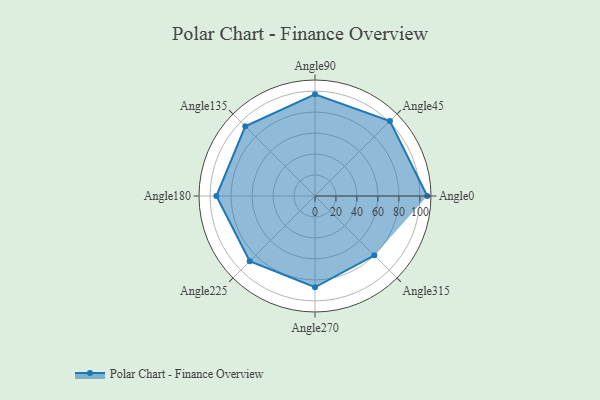
{"axis": {"x": "Angle", "y": "Radius"}, "legend": [""], "data": [{"x": "Angle0", "y": 107.0, "type": ""}, {"x": "Angle45", "y": 101.0, "type": ""}, {"x": "Angle90", "y": 97.0, "type": ""}, {"x": "Angle135", "y": 94.0, "type": ""}, {"x": "Angle180", "y": 94.0, "type": ""}, {"x": "Angle225", "y": 88.0, "type": ""}, {"x": "Angle270", "y": 87.0, "type": ""}, {"x": "Angle315", "y": 80.0, "type": ""}]}